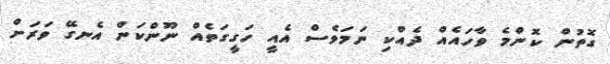
ގޮތުން ކޮންމެ ވާހައެއް ދެއްކި ނަމަވެސް އެއީ ހަގީގަތެއް ނޫންކަން އެނގޭ ވަރަށް